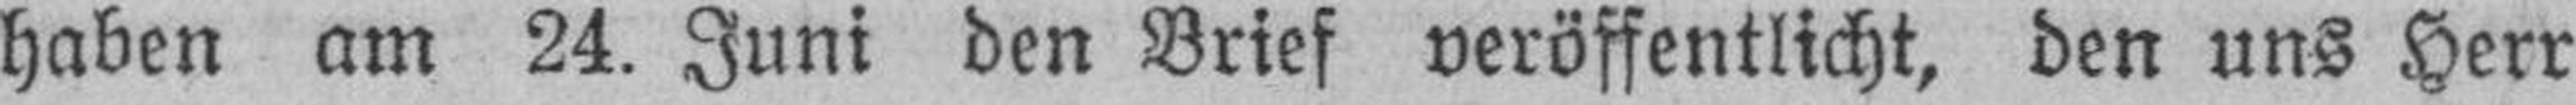
haben am 24. Juni den Brief veröffentlicht, den uns Herr